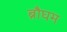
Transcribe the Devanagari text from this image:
ब्रौघम